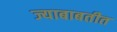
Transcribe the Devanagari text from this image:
ज्याबाबतीत